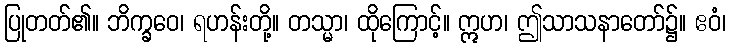
ပြုတတ်၏။ ဘိက္ခဝေ၊ ရဟန်းတို့။ တသ္မာ၊ ထိုကြောင့်။ ဣဟ၊ ဤသာသနာတော်၌။ ဧဝံ၊